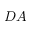
D A